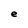
Character: e